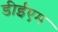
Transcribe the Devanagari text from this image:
डीईएम